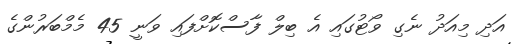
އަދި މިއަދު ނެގި ވޯޓުގައި އެ ބިލް ފާސްކޮށްފައި ވަނީ 45 މެމްބަރުންގެ